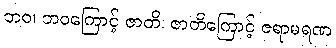
ဘဝ၊ ဘဝကြောင့် ဇာတိ၊ ဇာတိကြောင့် ဇရာမရဏ